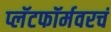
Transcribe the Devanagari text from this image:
प्लॅटफॉर्मवरचं